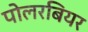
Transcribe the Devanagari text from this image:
पोलरबियर